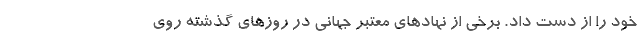
خود را از دست داد. برخی از نهادهای معتبر جهانی در روزهای گذشته روی